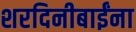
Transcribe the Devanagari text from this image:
शरदिनीबाईंना